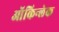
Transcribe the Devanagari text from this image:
ऑकिन्लेक